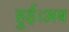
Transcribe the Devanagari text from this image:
हुई।अब